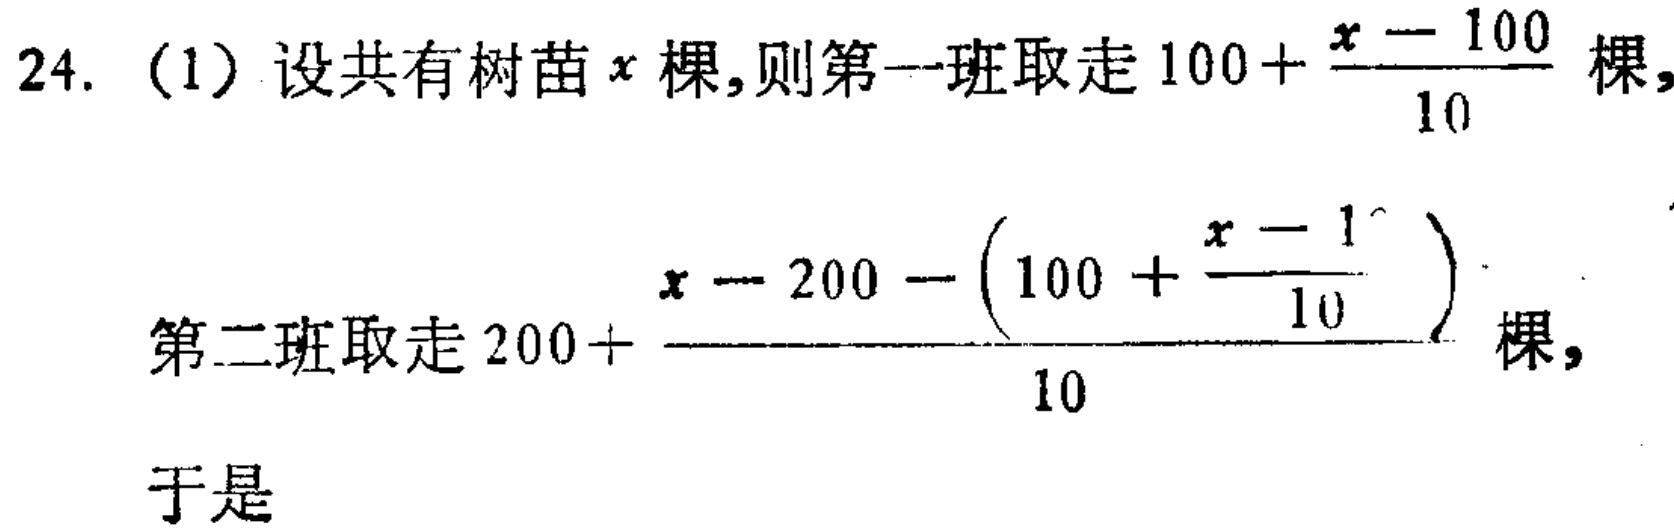
24. (1) 设共有树苗\(x\)棵,则第一班取走\(100+\frac{x - 100}{10}\)棵,
第二班取走\(200+\frac{x - 200 - (100+\frac{x - 100}{10})}{10}\)棵,
于是